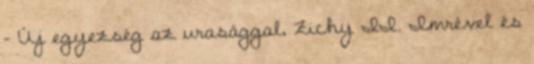
– Új egyezség az urasággal, Zichy II. Imrével és